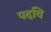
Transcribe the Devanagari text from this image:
पदवि